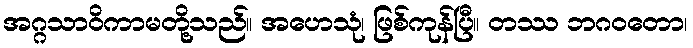
အဂ္ဂသာဝိကာမတို့သည်။ အဟေသုံ၊ ဖြစ်ကုန်ပြီ။ တဿ ဘဂဝတော၊